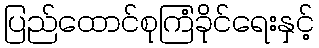
ပြည်ထောင်စုကြံခိုင်ရေးနှင့်